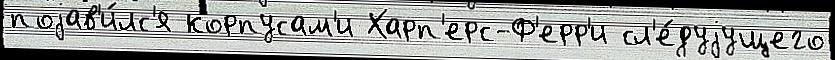
поjав'и́лс'я корпусам'и Харп'ерс-Ф'ерр'и сл'е́дуjущего